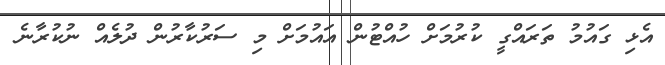
އެޅި ގައުމު ތަރައްގީ ކުރުމަށް ހުއްޓުން އައުމަށް މި ސަރުކާރުން ދުލެއް ނުކުރާނެ